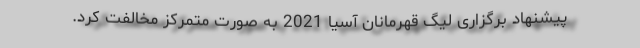
پیشنهاد برگزاری لیگ قهرمانان آسیا 2021 به صورت متمرکز مخالفت کرد.